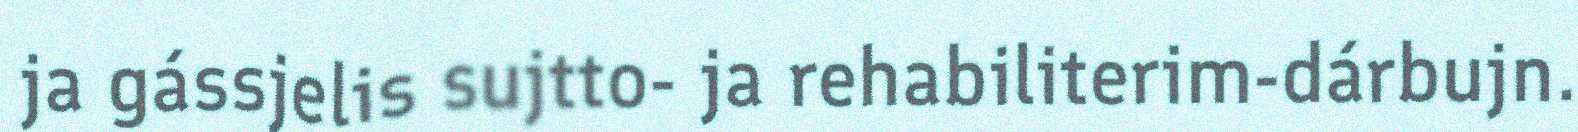
ja gássjelis sujtto- ja rehabiliterim-dárbujn.